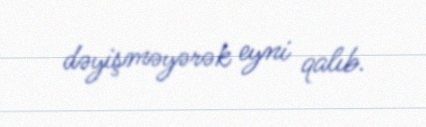
dəyişməyərək eyni qalıb.